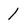
Character: 1